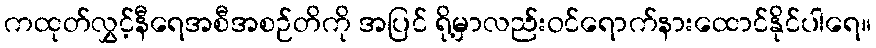
ကထုတ်လွှင့်နီရေအစီအစဉ်တိကို အပြင် ရို့မှာလည်းဝင်ရောက်နားထောင်နိုင်ပါရေ။